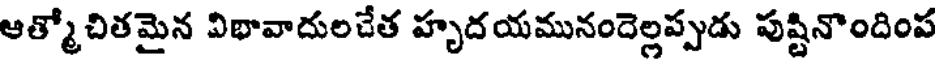
ఆత్మోచితమైన విభావాదులచేత హృదయమునందెల్లప్పుడు పుష్టినొందింప